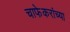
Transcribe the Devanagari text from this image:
चाफेकरांच्या